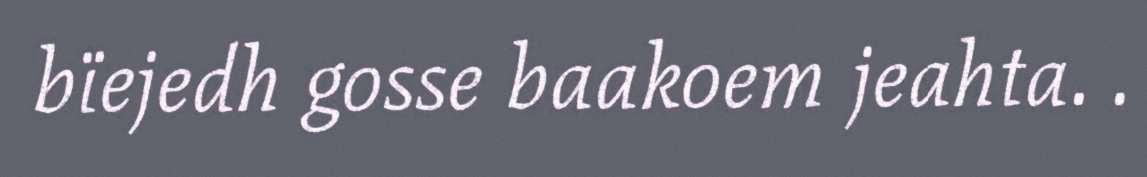
bïejedh gosse baakoem jeahta. .